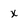
Character: x